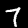
Digit: 7